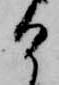
け